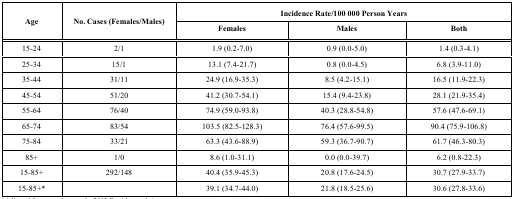
<table><thead><tr><td rowspan="2"><b>Age</b></td><td rowspan="2"><b>No. Cases (Females/Males)</b></td><td colspan="3"><b>Incidence Rate/100 000 Person Years</b></td></tr><tr><td><b>Females</b></td><td><b>Males</b></td><td><b>Both</b></td></tr></thead><tbody><tr><td>15-24</td><td>2/1</td><td>1.9 (0.2-7.0)</td><td>0.9 (0.0-5.0)</td><td>1.4 (0.3-4.1)</td></tr><tr><td>25-34</td><td>15/1</td><td>13.1 (7.4-21.7)</td><td>0.8 (0.0-4.5)</td><td>6.8 (3.9-11.0)</td></tr><tr><td>35-44</td><td>31/11</td><td>24.9 (16.9-35.3)</td><td>8.5 (4.2-15.1)</td><td>16.5 (11.9-22.3)</td></tr><tr><td>45-54</td><td>51/20</td><td>41.2 (30.7-54.1)</td><td>15.4 (9.4-23.8)</td><td>28.1 (21.9-35.4)</td></tr><tr><td>55-64</td><td>76/40</td><td>74.9 (59.0-93.8)</td><td>40.3 (28.8-54.8)</td><td>57.6 (47.6-69.1)</td></tr><tr><td>65-74</td><td>83/54</td><td>103.5 (82.5-128.3)</td><td>76.4 (57.6-99.5)</td><td>90.4 (75.9-106.8)</td></tr><tr><td>75-84</td><td>33/21</td><td>63.3 (43.6-88.9)</td><td>59.3 (36.7-90.7)</td><td>61.7 (46.3-80.3)</td></tr><tr><td>85+</td><td>1/0</td><td>8.6 (1.0-31.1)</td><td>0.0 (0.0-39.7)</td><td>6.2 (0.8-22.3)</td></tr><tr><td>15-85+</td><td>292/148</td><td>40.4 (35.9-45.3)</td><td>20.8 (17.6-24.5)</td><td>30.7 (27.9-33.7)</td></tr><tr><td>15-85+*</td><td></td><td>39.1 (34.7-44.0)</td><td>21.8 (18.5-25.6)</td><td>30.6 (27.8-33.6)</td></tr></tbody></table>